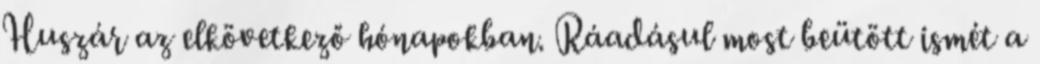
Huszár az elkövetkező hónapokban. Ráadásul most beütött ismét a